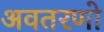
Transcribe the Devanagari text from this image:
अवतरणो